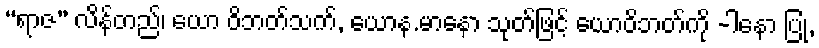
“ရာဇ” လိန်တည်၊ ယော ဝိဘတ်သက်, ယောန.မာနော သုတ်ဖြင့် ယောဝိဘတ်ကို -ါနော ပြု,